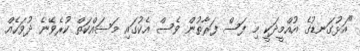
"އަޅުގަނޑުގެ އުއްމީދަކީ މި ފަސް ފަރާތުން ވެސް އެކުގައި މަސައްކަތް ކުރެވޭނެ ދުވަހެއް